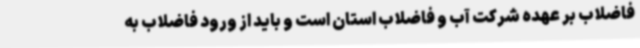
فاضلاب بر عهده شرکت آب و فاضلاب استان است و باید از ورود فاضلاب به